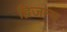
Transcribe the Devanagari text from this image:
द्विजन्‍म